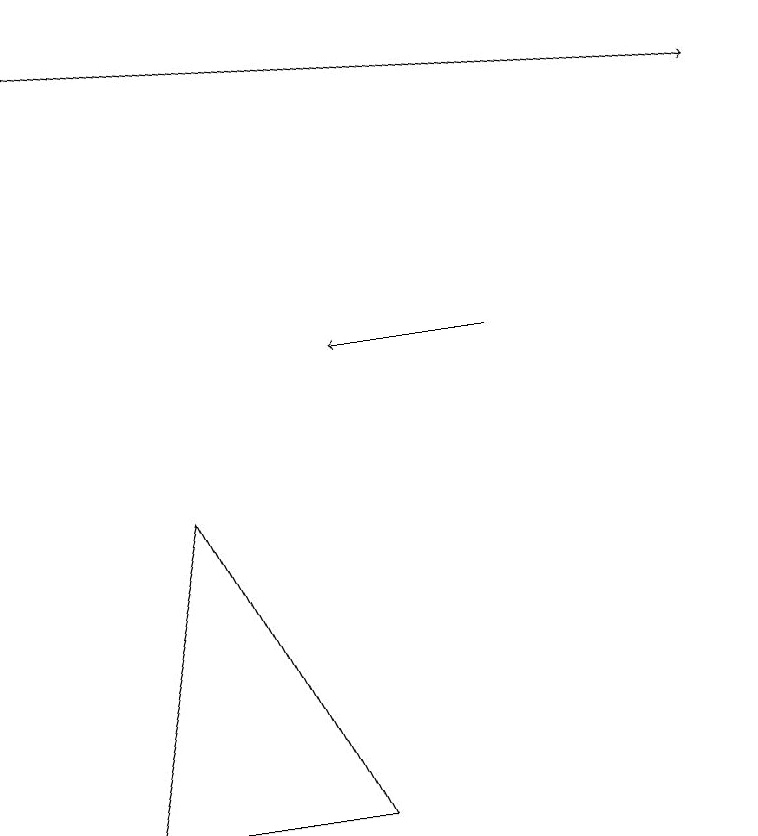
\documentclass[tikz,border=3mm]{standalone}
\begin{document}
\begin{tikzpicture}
\draw (1,4) -- (2,8) -- (4,4) -- cycle;
\draw[->] (6,10) -- (4,10);
\draw[->] (0,14) -- (9,13);
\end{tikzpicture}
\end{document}